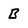
Character: B